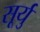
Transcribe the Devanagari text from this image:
सूर्यु